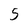
Character: 5